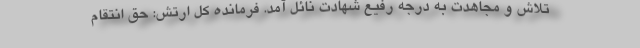
تلاش و مجاهدت به درجه رفیع شهادت نائل آمد. فرمانده کل ارتش: حق انتقام